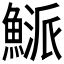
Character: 𩹘